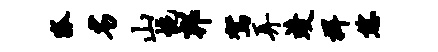
狐劣山惋邦驾弄竣捍恁